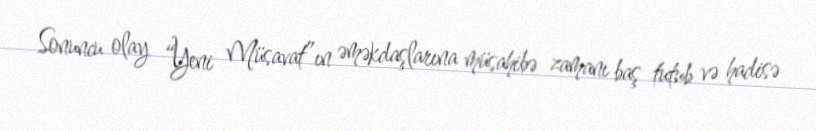
Sonuncu olay “Yeni Müsavat”ın əməkdaşlarına müsahibə zamanı baş tutub və hadisə